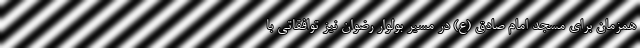
همزمان برای مسجد امام صادق (ع) در مسیر بولوار رضوان نیز توافقاتی با